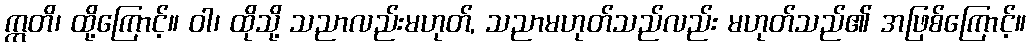
ဣတိ၊ ထို့ကြောင့်။ ဝါ၊ ထိုသို့ သညာလည်းမဟုတ်, သညာမဟုတ်သည်လည်း မဟုတ်သည်၏ အဖြစ်ကြောင့်။